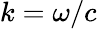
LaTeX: k=\omega/c